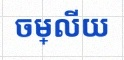
ចម្លើយ